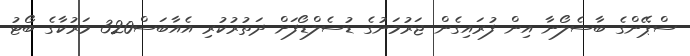
ސްޕޭންގެ ބާސެލޯނާ އިން ފުރައިގެން ޖަރުމަނުގެ ޑުސެލްޑޯފަށް ދަތުރުކުރި އެއާބަސް320 މަރުކާގެ ބޯޓު